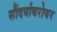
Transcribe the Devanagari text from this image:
सौंदर्याबरोबर